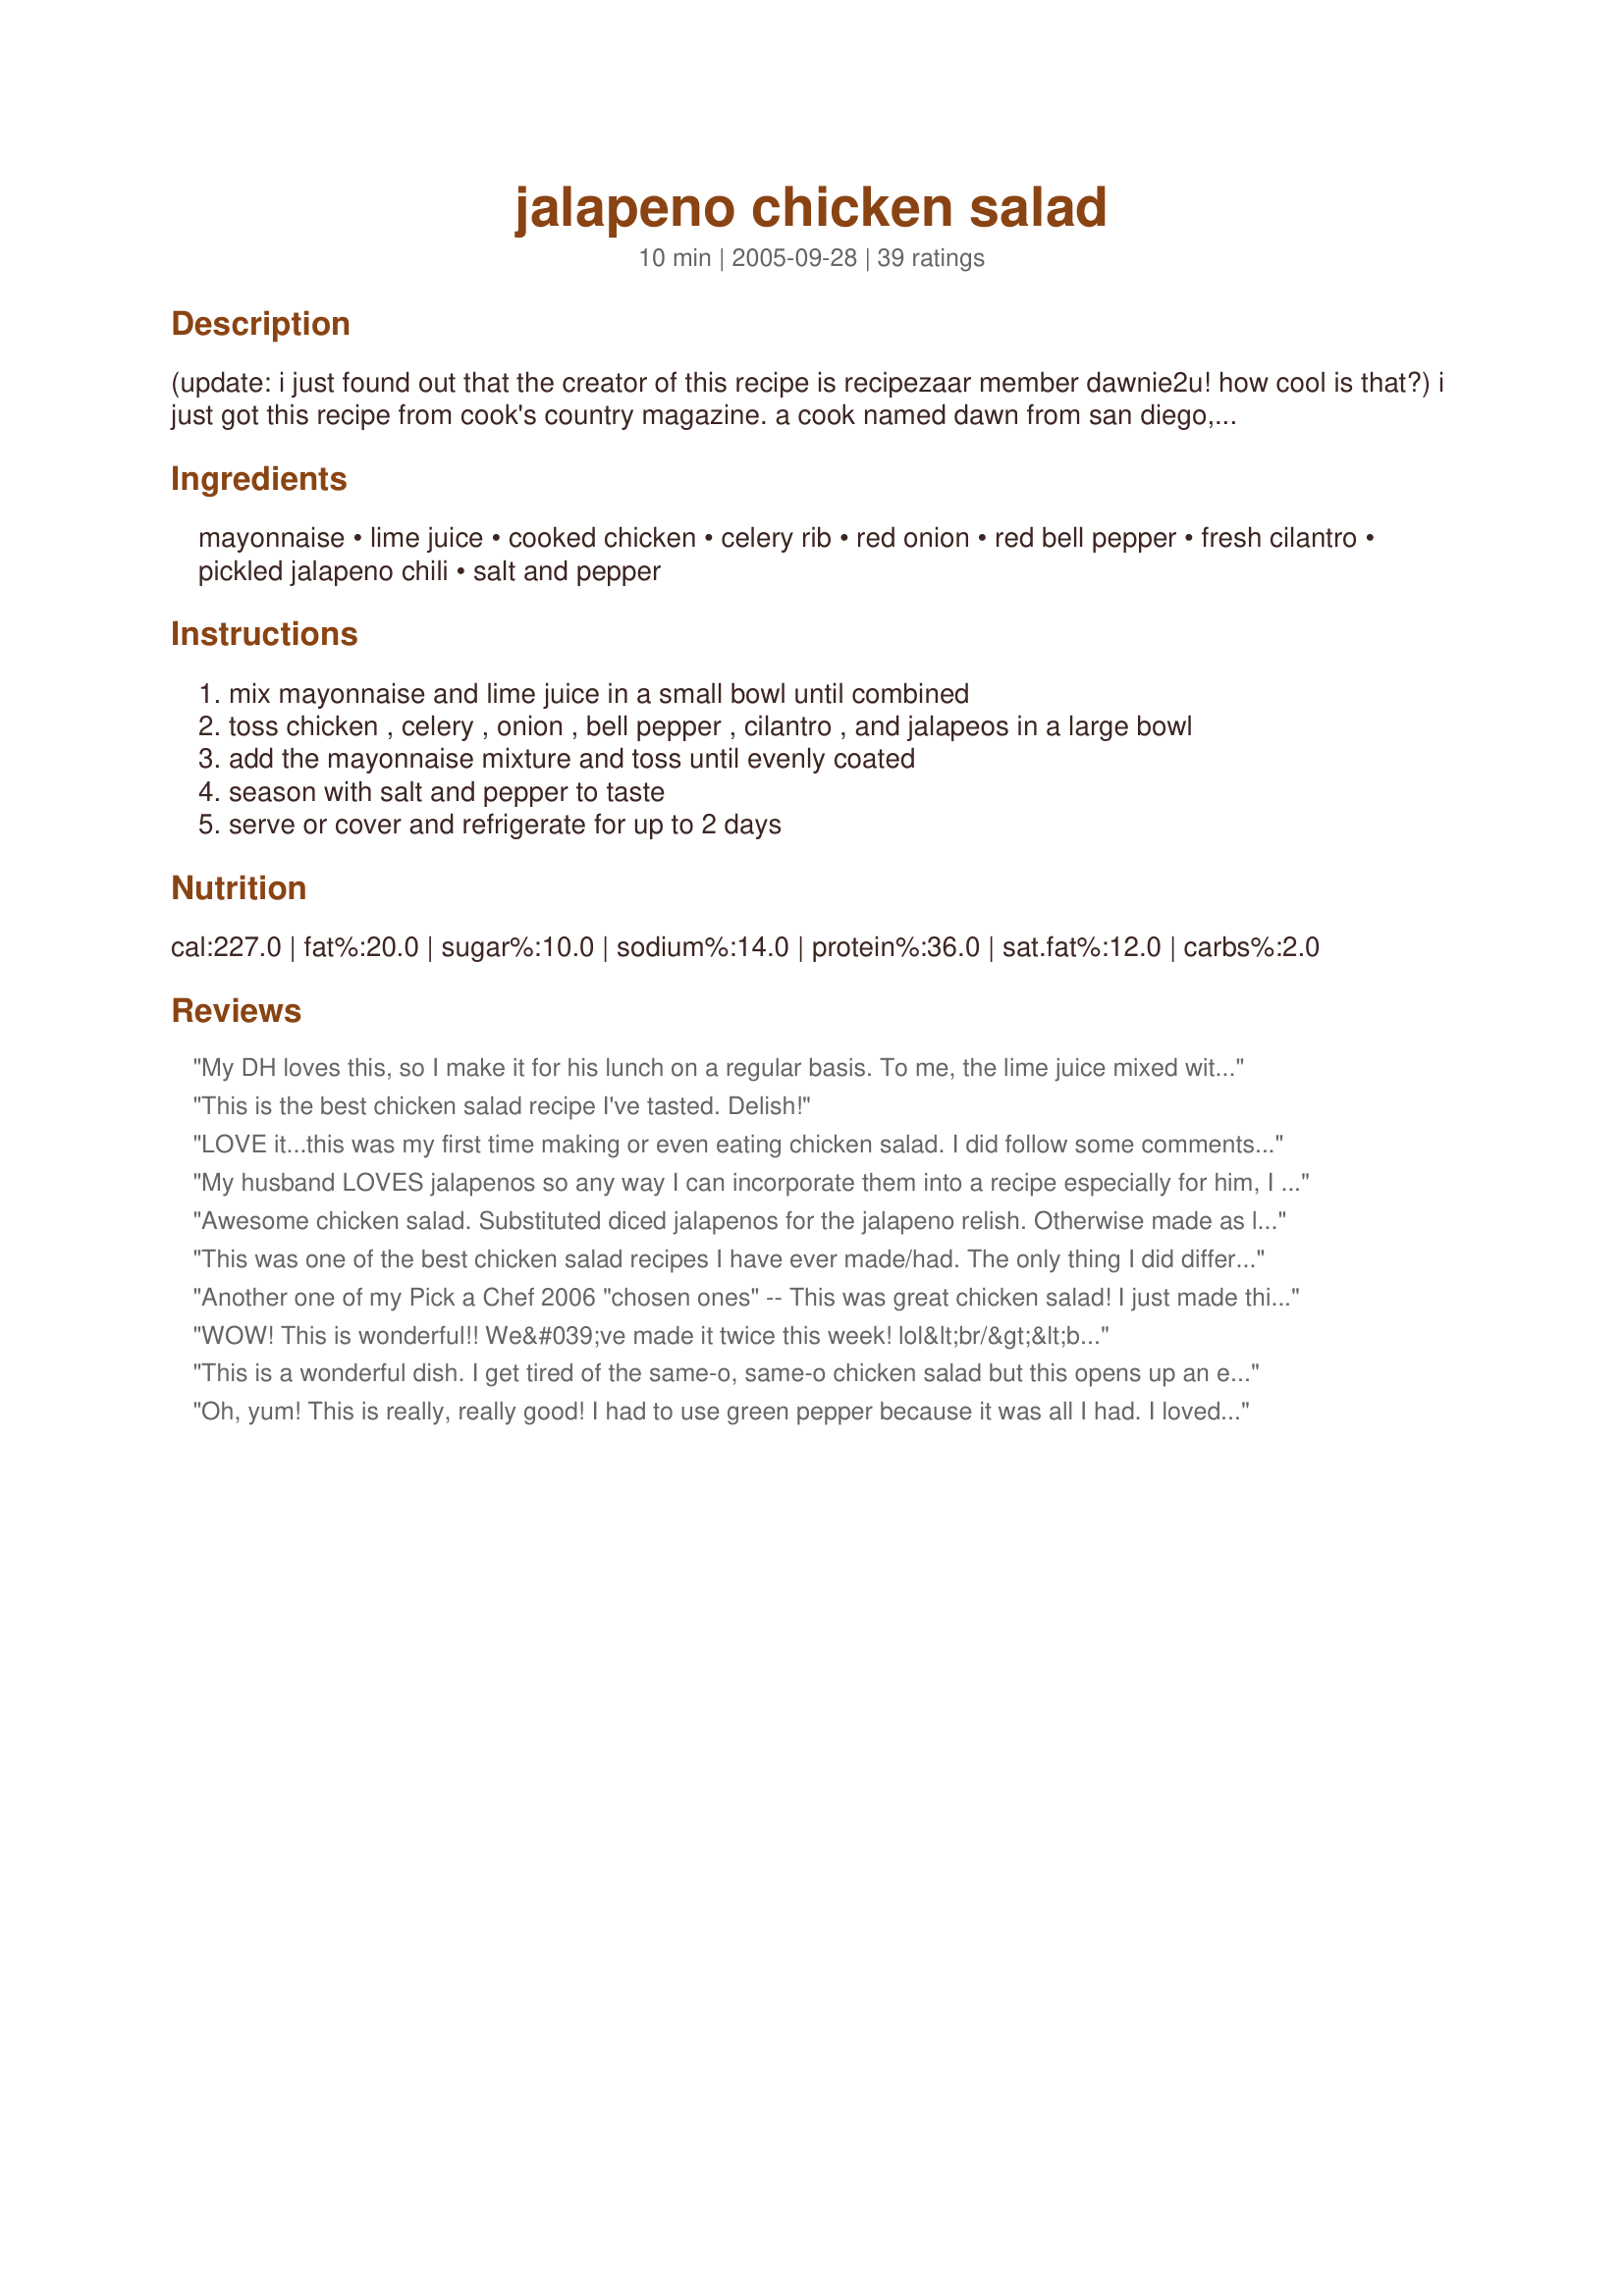
jalapeno chicken salad
Preparation time: 10 minutes

(update: i just found out that the creator of this recipe is recipezaar member dawnie2u! how cool is that?) i just got this recipe from cook's country magazine. a cook named dawn from san diego, california submitted it to the magazine and won first place in a chicken salad contest. we loved it so much, i thought i'd share it right away. you can find the pickled jalapeños in a can in the mexican/ethnic section at the supermarket. you can also use this recipe for tuna. i served this over tostadas (crispy fried tortillas).

Ingredients:
mayonnaise, lime juice, cooked chicken, celery rib, red onion, red bell pepper, fresh cilantro, pickled jalapeno chili, salt and pepper

Steps:
mix mayonnaise and lime juice in a small bowl until combined
toss chicken , celery , onion , bell pepper , cilantro , and jalapeos in a large bowl
add the mayonnaise mixture and toss until evenly coated
season with salt and pepper to taste
serve or cover and refrigerate for up to 2 days

Reviews:
My DH loves this, so I make it for his lunch on a regular basis. To me, the lime juice mixed with the mayo is what makes it so tasty, although I have used lemon juice with good results. Thanks for sharing this great recipe.
This is the best chicken salad recipe I've tasted. Delish!
LOVE it...this was my first time making or even eating chicken salad. I did follow some comments below and used fresh jalapenos. I also used Olive Oil Mayo hoping to help a little more with our calorie intake...It was wonderful, cant wait to have a picnic and make these for everyone again!!!
My husband LOVES jalapenos so any way I can incorporate them into a recipe especially for him, I do. This was delicious and something we both liked. I did make sure to really finely chop the red onion and celery because he doesn't normally like the crunch of those (raw) and he loved it. Thanks so much for posting!
Awesome chicken salad. Substituted diced jalapenos for the jalapeno relish. Otherwise made as listed. Will be making this on a regular basis.
This was one of the best chicken salad recipes I have ever made/had. The only thing I did different was use fresh jalepenos and added one serrano chili. I love spicy food. Thank you for submitting it.
Another one of my Pick a Chef 2006 "chosen ones" -- This was great chicken salad! I just made this for lunch, and everyone really enjoyed it. I made it into wraps with flour tortillas, lettuce, tomato, pickles (we put pickles on ALL sandwiches in my house lol) and a sprinkling of shredded Mexican four-cheese blend. I didn't have any non-gnarly-looking fresh limes on hand for juicing, so I subbed a packet of True Lime instead. I think next time I make this, I might even add some black beans to it (just a thought). Funny thing, I actually have the issue of Cooks Country that this came from, and really didn't even give this recipe any thought when I read it in the magazine. See, sometimes I just need someone else to boot me in the butt and point out the gems (thank heaven for Recipezaar, or else I'd be really missing out at times!). Thanks for posting!
WOW! This is wonderful!! We&#039;ve made it twice this week! lol&lt;br/&gt;&lt;br/&gt;Changes were minor. I used fat free plain yogurt with just a dollop of full fat mayo. And I didn&#039;t have fresh cilantro, so I pre-seasoned the chicken with dry cilantro salt and pepper before cooking it in the pan.&lt;br/&gt;&lt;br/&gt;What a great meal. I will definitely be taking this to family get together&#039;s this summer. &lt;br/&gt;&lt;br/&gt;Thanks!
This is a wonderful dish. I get tired of the same-o, same-o chicken salad but this opens up an entire new vista. It's really good right away but oh so much better the next day.
Oh, yum! This is really, really good! I had to use green pepper because it was all I had. I loved it on tostada shells. Delicious! Thanks!
We had no problem at all loving this recipe. Thanks for posting it Velouria. I served it in pita pockets, topping shredded cabbage & carrots. An easy 1 dish meal!
Very nice chicken salad. I enjoyed the bite of the jalapeno very much. May add a little more next time. Thank you for sharing this recipe.
This is wonderful change from traditional chicken salad! I didn't use celery or red pepper due to family tastes and used yellow onion. This was great!! Thanks for sharing!
I fixed the recipe as written, and it was great. It is good in a roll up, with a little lettus, or with corn chips. My wife even said she loved it, and that is a high indorsement.
Wonderful, and different from the usual chicken salads--a nice, fresh departure from the "same old". Except for halving it, I followed the recipe as written. Loved the addition of jalapenos.:) Thanks for sharing the recipe!
Had all the ingredients on hand and decided to give this recipe a go. Maybe due to great reviews, had the expectations high, and this did not live up to them, in our case. Not bad at all, but maybe the combo of celery and jalapeno is what didnt quite work for us...I think.
Delicious! Fresh and really flavorful. I loved the bright flavor the lime added and the crunch from the veggies. Thanks for sharing the recipe.
My husband loves chicken salad sandwiches, so I decided to try this recipe today. He was excited about the addition of jalapenos, and states that it is the best chicken salad he's ever tasted. I will certainly make this again. Thanks for posting!
A cool twist on a classic. Next time I might reduce the lime juice a bit as it was a little overpowering. Thank you.
This is outstanding! I make this all the time. I add chopped roasted almonds and green onions to mine, and I do not add any additional salt. I also use a large can of cooked chicken, for the convenience and fast cleanup. Turns out excellent every time! My whole family loves this on gorditas and corn chips.
Great variation on chicken salad. I omitted the cilantro, because I didn't have any but otherwise followed the recipe as written.
This was pretty good! I used 4 fresh jalapenos from our garden instead of pickled jalapenos. I wish an amount of salt to start with had been listed though...
Marvellous! Made it for our Melbourne Cup lunch and it was perfect for a crowd. Maybe heard some whispering about the cilantro/coriander but just ignored it, wouldn't be the same without that dimension :) I'm going to make this again to haveon tostadas like you say, can't wait!
Loved this recipe! I didn't use cilantro (not a fan) but substituted about a 1-1/2 tsps parsley flakes. Otherwise did the recipe to the letter. A keeper!
Wow, nice variation on chicken salad. I knew it would be good when I read it was from Cook's Country. I love that show and Americas's Test Kitchen. I did use just a little bit less of the jalapenos, but other than that followed the recipe. I will use this recipe a lot as I always have extra chicken or turkey. I will even have the red peppers, jalapenos and cilantro this summer in my garden. Thanks for posting a really nice variation on chicken salad.
This is such a nice alternative to regular chicken salad. The only change I made was to use 1/2 of a jalapeno, and about 1/2 of a pasilla chile, instead of straight jalapenos because my husband can't handle spicy food. We ate this salad wrapped up in tortillas with a bit of lettuce. This was a big hit with all four of my kids... no leftovers! Definitely a keeper.
This was yummy! I skipped the cilantro because we don't like it and use parsley instead. Also I left out the celery. Next time I will add a bit more jalapeno.. This is going to be even better tomorrow!
Wonderful!!! I used fresh jalapenos and followed the rest of the recipe instructions. Definately will make this again. Made for Zaar Alphabet Soup tag game.
My family loved this recipe! We used fresh jalapenos also and served on tostadas. We will be making this one more often!
Yum! Used a fresh jalapeno and it added just enough pop! I kinda melded two recipies into one - the other one was a bit more traditional and had grapes. I was a bit hesitant but the red grapes countered the jalapeno pop with a sweet finish. Will make this again!
Yummy! My new favorite chicken salad! I made sure to chop the veggies into very small pieces (I used a Pampered Chef food chopper, which I hardly ever use but works so great when you're chopping a bunch of things). I was surprised that this wasn't spicy at all, which is nice so you can serve it to non-spice lovers, too. I served this as a filling to grilled sandwiches, adding some extra slices of jalapeno to mine before grilling...mmmmm!!! This will be one of my go-to chicken salads. Thanks!!
I have made this twice and used it to fill small choux pastries for a crowd.The only change I made was adding more xalapeÃ±os.It was delicous and everyone loved it.
Great fresh, summer recipe ! I did it exactly as written except that, as many others did, I subtituted finely chopped fresh jalapeno. I had just bought some honey oatmeal bread from a local Mennonite bakery and used it to make a sandwich with this incredibly flavorful chicken salad and it was absolutely delicious ! This is definitely a keeper.
Tried this the other night with leftover roast chicken, and it was delicious! The jalapenos gave it a nice bite, but not too spicy. My husband said it was "one of the best, most interesting" things I've made. I don't know whether to be pleased or pissed! :) Used lemon juice instead of lime, no celery. Am trying it with tuna today!
This is SO DELICIOUS! Rather than eating it alone, I made four wraps. I just took four burrito-size tortillas, divided the chicken salad among them and added some chopped romaine lettuce to each one before wrapping them up like a burrito. They were so yummy. Thanks for sharing this recipe!
I decided to try this becasuse it sounded different and fresh. WOW love the kick of the jalapenos. I used a yellow bell pepper for added color, and to get all the veggies past the kids I pulsed them alittle to make them confetti like in my mini processor & drained on papertowel to absorb excess liquid before adding. I will use this again and again.
Easy and tasty recipe. I made half a recipe and served it on a tostada. I also served Recipe #136923 as an appetizer. Quick and easy.
This was delicious! I sent this with DH for lunch one day and he really raved about it... and he normally dislikes chicken. The only change I made was leaving out the celery. I'll definitley make this again. Thanks Velouria!
This is a great new way to make chicken salad. Because of the ingredients on hand, I used green peppers, lemon juice, and chopped pepperoncini instead of jalapenos. I served them on Hawaiian rolls and the sweetness of the rolls complemented all the flavors of the chicken salad very well!
